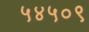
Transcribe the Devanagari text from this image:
५४५०९